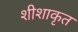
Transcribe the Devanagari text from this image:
शीशाकृत